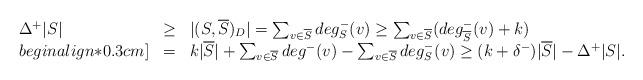
LaTeX: \begin{align*}\begin{array}{lcl}\Delta^{+}|S|&\geq&|(S,\overline{S})_{D}|=\sum_{v\in\overline{S}}deg_{S}^{-}(v)\geq \sum_{v\in\overline{S}}(deg_{\overline{S}}^{-}(v)+k)\\begin{align*}0.3cm]&=&k|\overline{S}|+\sum_{v\in\overline{S}}deg^{-}(v)-\sum_{v\in\overline{S}}deg_{S}^{-}(v)\geq(k+\delta^{-})|\overline{S}|-\Delta^{+}|S|.\end{array}\end{align*}